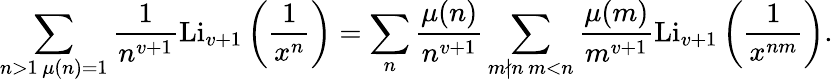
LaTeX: \sum_{\substack{n>1\, \mu(n)=1}}\frac{1}{n^{v+1}}\textnormal{Li}_{v+1}\left(\frac{1}{x^{n}}\right)=\sum_{n}\frac{\mu(n)}{n^{v+1}}\sum_{\substack{m\nmid n\, m<n}}\frac{\mu(m)}{m^{v+1}}\textnormal{Li}_{v+1}\left(\frac{1}{x^{nm}}\right).